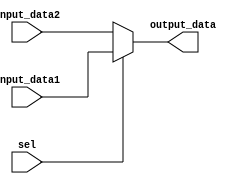
`timescale 1ns/1ns
module mux2to1_5bit(
        input [4:0]input_data1,
				input [4:0]input_data2,
				input sel,
				output [4:0]output_data
				);
assign output_data=(sel)?input_data1:input_data2;
endmodule